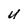
Character: U